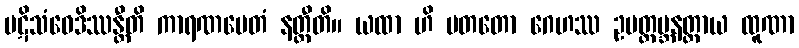
ပဋိသံဝေဒိဿန္တီတိ ကာရဏမေတံ နတ္ထီတိ။ ယထာ ဟိ ပတတော ဂေဟဿ ဥပတ္ထမ္ဘနတ္ထာယ ထူဏာ